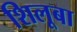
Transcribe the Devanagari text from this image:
शिलूबा